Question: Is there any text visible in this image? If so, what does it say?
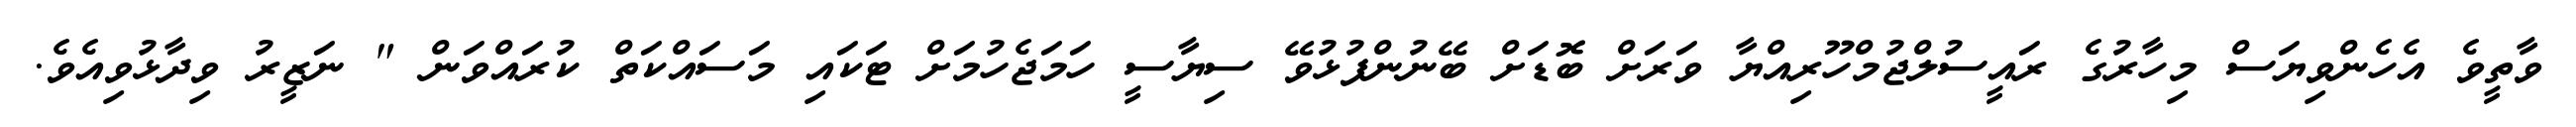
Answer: ވާތީވެ އެހެންވިޔަސް މިހާރުގެ ރައީސުލްޖުމްހޫރިއްޔާ ވަރަށް ބޮޑަށް ބޭނުންފުޅުވޭ ސިޔާސީ ހަމަޖެހުމަށް ޓަކައި މަސައްކަތް ކުރައްވަން " ނަޒީރު ވިދާޅުވިއެވެ.